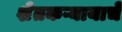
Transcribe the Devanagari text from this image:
शेतकऱ्यायाचे